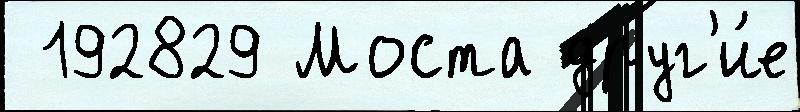
 192829 Моста друг'и́е